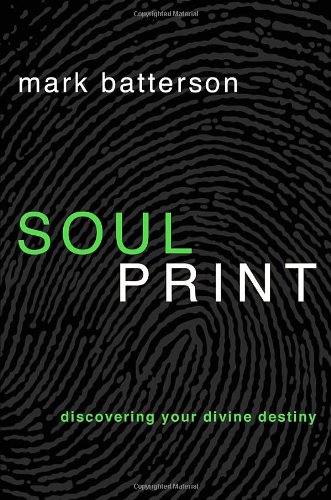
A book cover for Soulprint: Discovering Your Divine Destiny; Mark Batterson; Christian Books & Bibles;